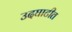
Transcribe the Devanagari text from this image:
उदघाटीत